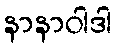
နာနာဝါဒါ